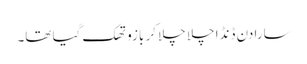
سارا دن ڈنڈا چلا چلا کر بازو تھک گیا تھا۔